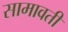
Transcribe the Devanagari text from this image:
सामावती